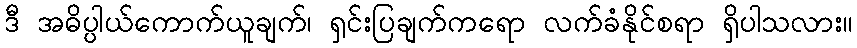
ဒီ အဓိပ္ပါယ်ကောက်ယူချက်၊ ရှင်းပြချက်ကရော လက်ခံနိုင်စရာ ရှိပါသလား။